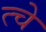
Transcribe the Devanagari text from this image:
त्चे